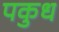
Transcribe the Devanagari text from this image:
पकुध